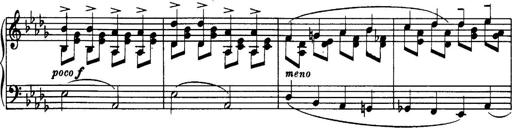
Title: 3 Sonatinas, Op.67
Composer: Jean Sibelius